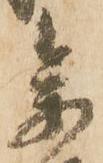
参